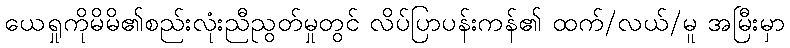
ယေရှုကိုမိမိ၏စည်းလုံးညီညွတ်မှုတွင် လိပ်ပြာပန်းကန်၏ ထက်/လယ်/မူ အမြီးမှာ